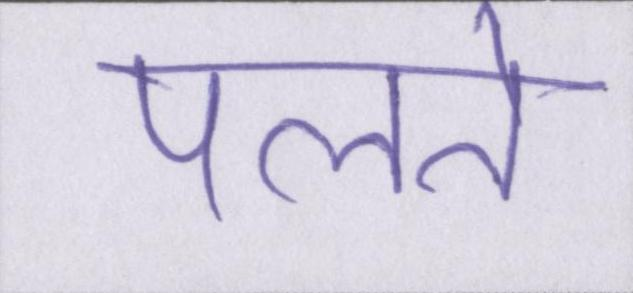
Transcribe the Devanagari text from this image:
पलते